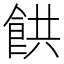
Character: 𩛘